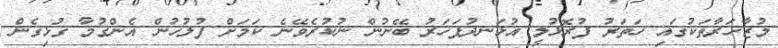
މުޒާހަރާތަކުގައި ހަތަރު ފުރޮޅުލީ އުޅަނދުފަހަރު ބޭނުން ނުކުރެވޭނެ ކަމަށް ފުލުހުން އެންގުމާ ގުޅިގެން